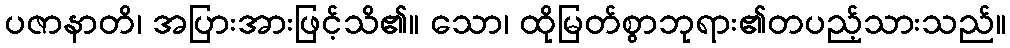
ပဇာနာတိ၊ အပြားအားဖြင့်သိ၏။ သော၊ ထိုမြတ်စွာဘုရား၏တပည့်သားသည်။